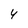
Character: 4